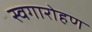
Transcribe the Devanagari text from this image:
स्वगारोहण